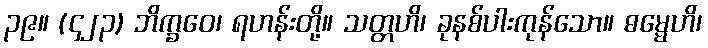
၃၉။ (၄၂၃) ဘိက္ခဝေ၊ ရဟန်းတို့။ သတ္တဟိ၊ ခုနစ်ပါးကုန်သော။ ဓမ္မေဟိ၊